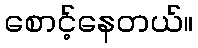
စောင့်နေတယ်။